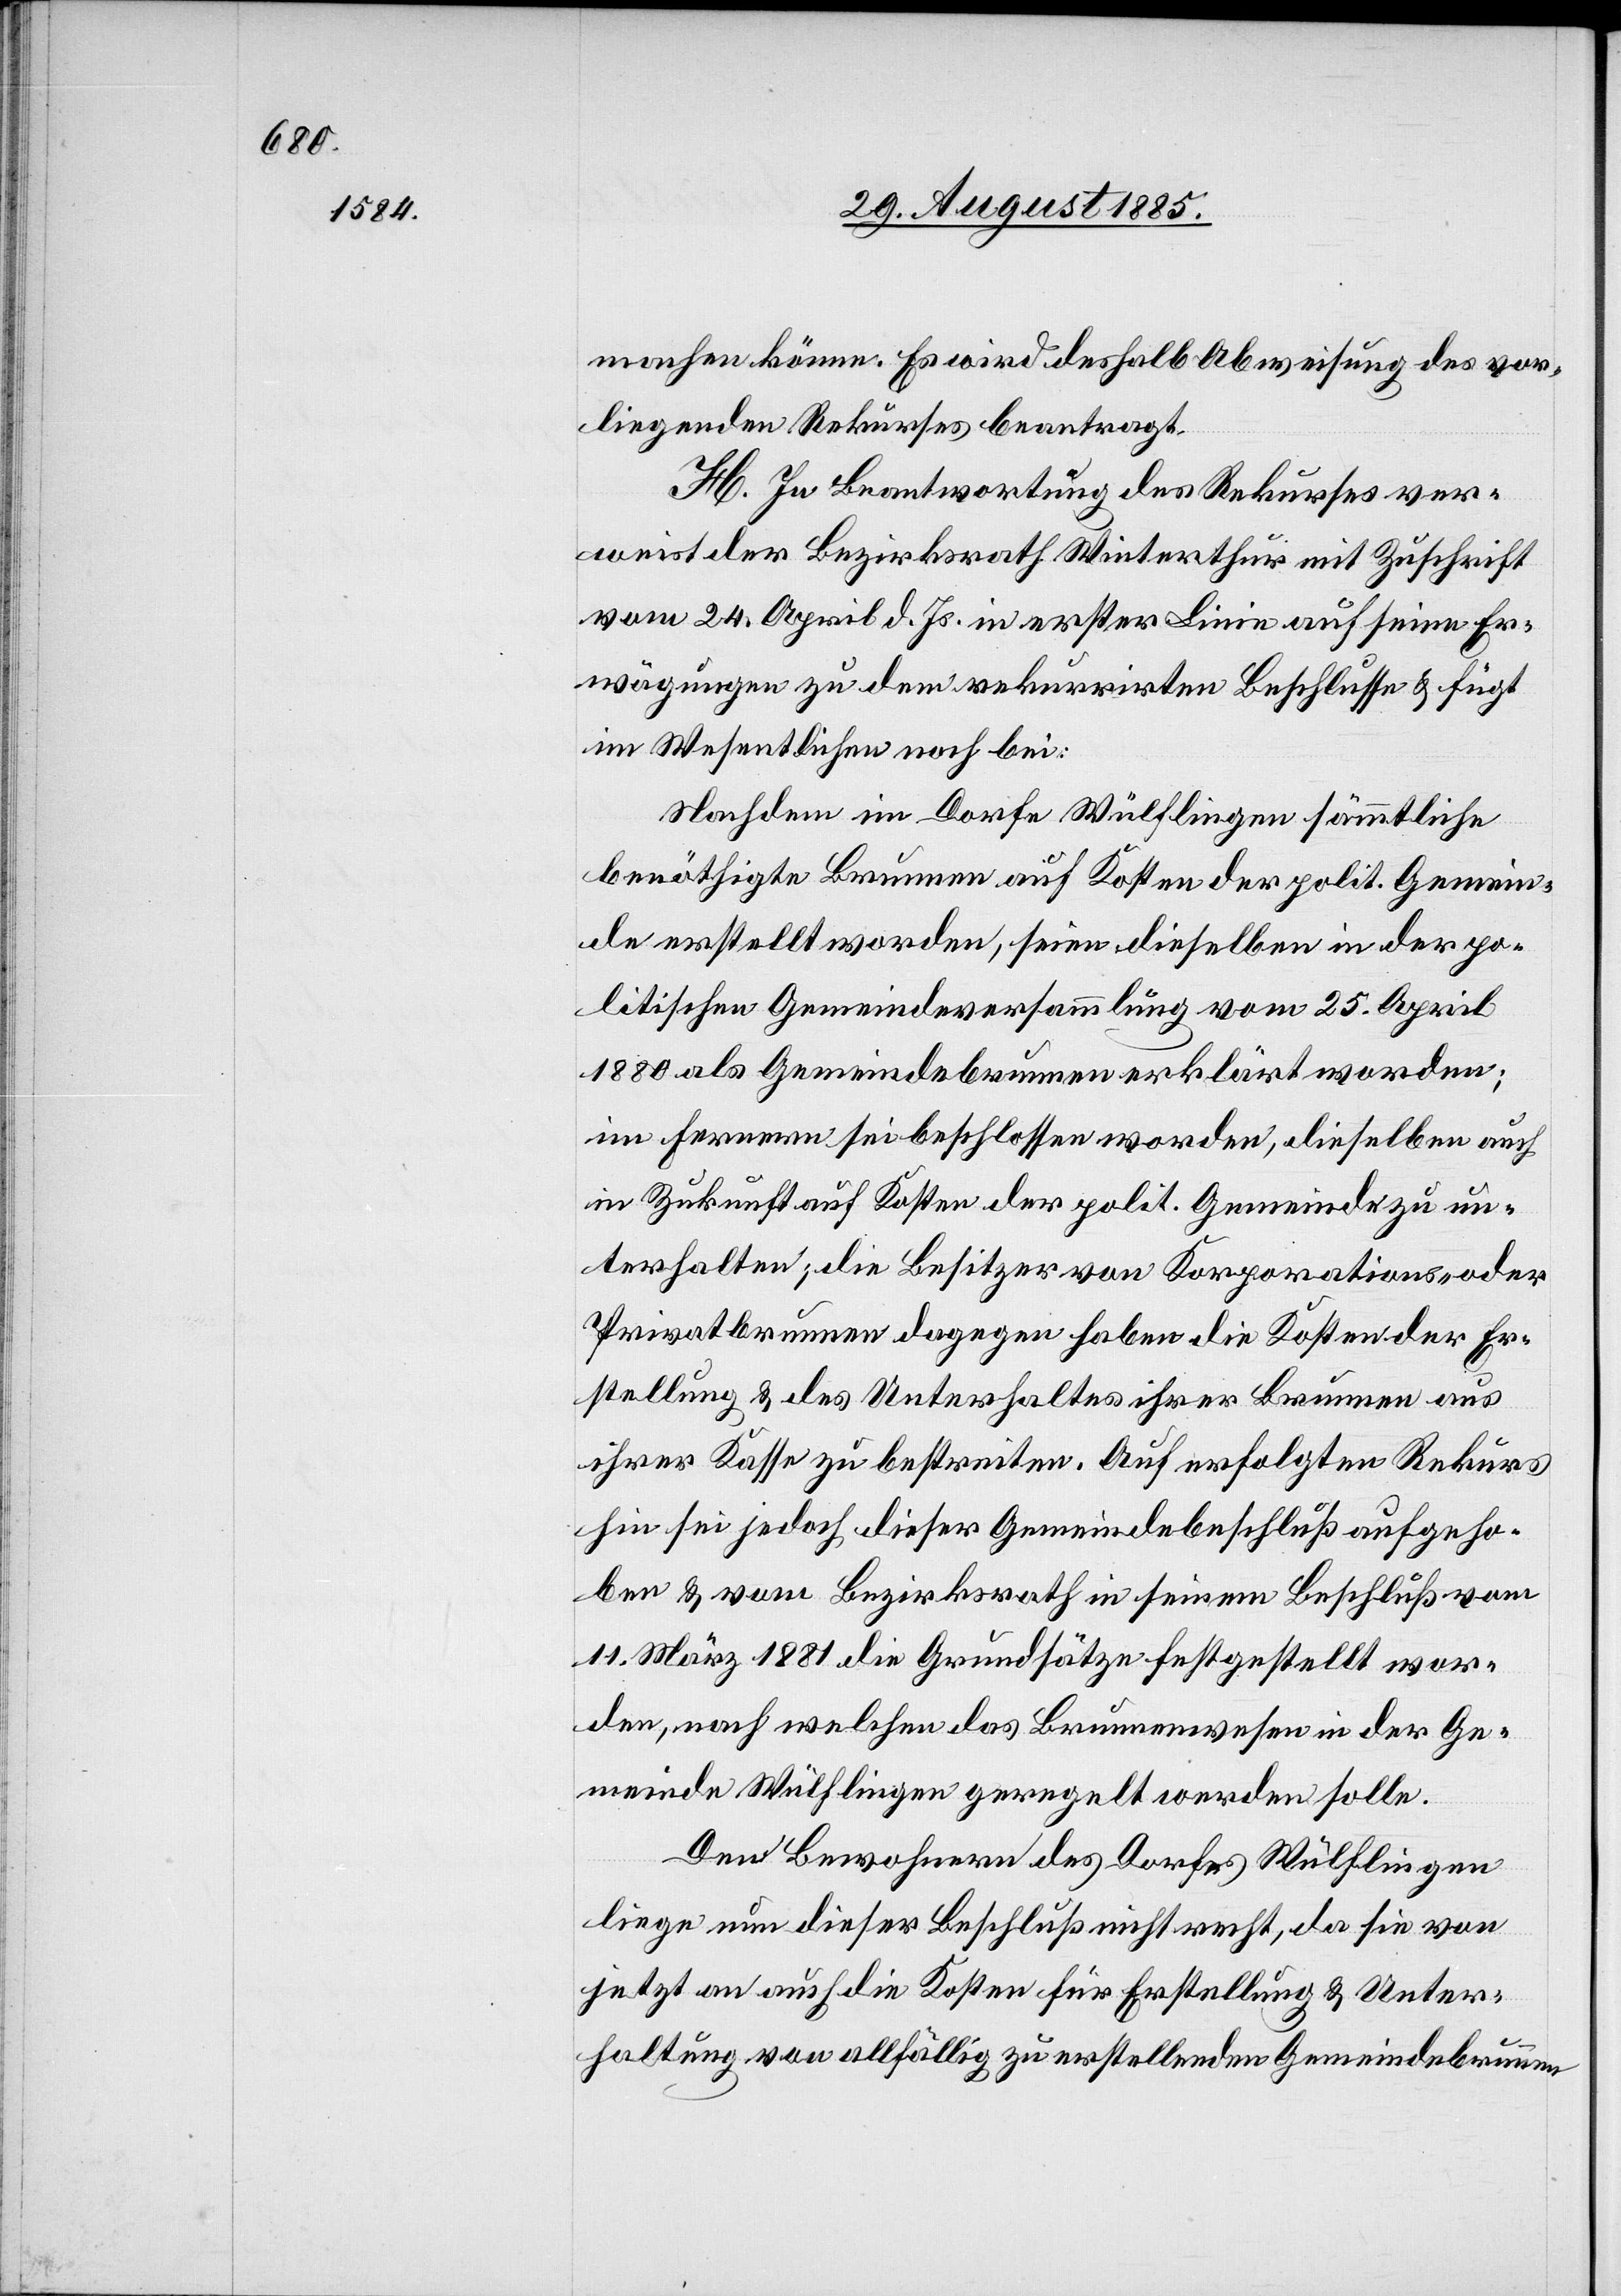
machen könne. Es wird deshalb Abweisung des vor¬
liegenden Rekurses beantragt.
H. In Beantwortung des Rekurses ver¬
weist der Bezirksrath Winterthur mit Zuschrift
vom 24. April d. Js. in erster Linie auf seine Er¬
wägungen zu dem rekurrirten Beschlusse & fügt
im Wesentlichen noch bei:
Nachdem im Dorfe Wülflingen sämmtliche
benöthigte Brunnen auf Kosten der polit. Gemein¬
de erstellt worden, seien dieselben in der po¬
litischen Gemeindeversammlung vom 25. April
1880 als Gemeindebrunnen erklärt worden;
im Fernern sei beschlossen worden, dieselben auch
in Zukunft auf Kosten der polit. Gemeinde zu un¬
terhalten, die Besitzer von Korporations- oder
Privatbrunnen dagegen haben die Kosten der Er¬
stellung & des Unterhaltes ihrer Brunnen aus
ihrer Kasse zu bestreiten. Auf erfolgten Rekurs
hin sei jedoch dieser Gemeindebeschluß aufgeho¬
ben & vom Bezirksrath in seinem Beschluß vom
11. März 1881 die Grundsätze festgestellt wor¬
den, nach welchen das Brunnenwesen in der Ge¬
meinde Wülflingen geregelt werden solle.
Den Bewohnern des Dorfes Wülflingen
liege nun dieser Beschluß nicht recht, da sie von
jetzt an auch die Kosten für Erstellung & Unter¬
haltung von allfällig zu erstellenden Gemeindebrunnen